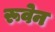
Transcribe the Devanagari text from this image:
रूवेन